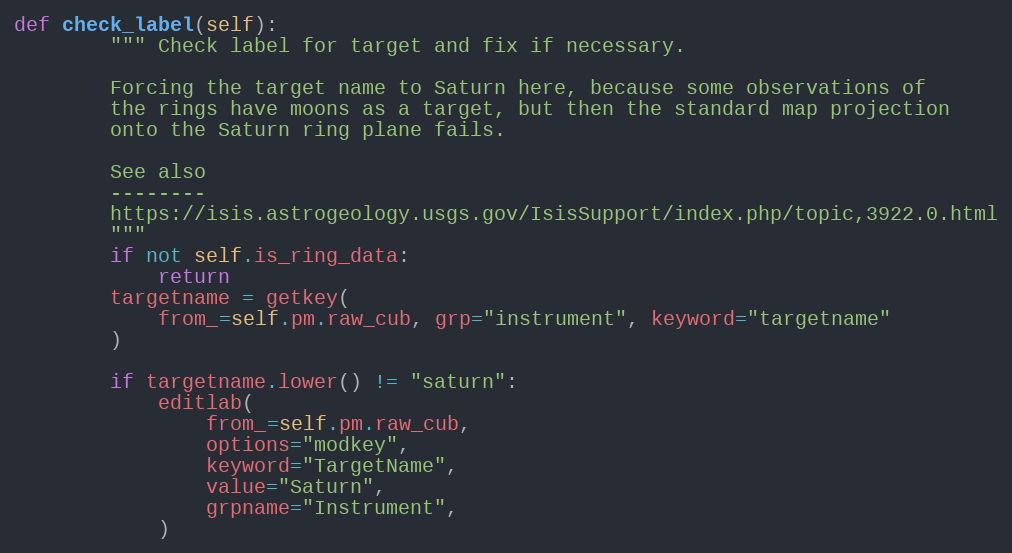
Language: Python
def check_label(self):
        """ Check label for target and fix if necessary.

        Forcing the target name to Saturn here, because some observations of
        the rings have moons as a target, but then the standard map projection
        onto the Saturn ring plane fails.

        See also
        --------
        https://isis.astrogeology.usgs.gov/IsisSupport/index.php/topic,3922.0.html
        """
        if not self.is_ring_data:
            return
        targetname = getkey(
            from_=self.pm.raw_cub, grp="instrument", keyword="targetname"
        )

        if targetname.lower() != "saturn":
            editlab(
                from_=self.pm.raw_cub,
                options="modkey",
                keyword="TargetName",
                value="Saturn",
                grpname="Instrument",
            )